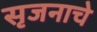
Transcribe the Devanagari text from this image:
सृजनाचे